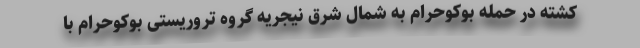
کشته در حمله بوکوحرام به شمال شرق نیجریه گروه تروریستی بوکوحرام با